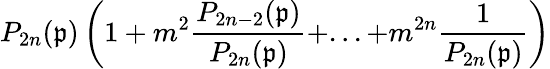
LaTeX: P_{2n}(\mathfrak{p})\left(1+m^{2}\frac{{P_{2n-2}(\mathfrak{p})}}{{P_{2n}(\mathfrak{p})}}+...+m^{2n}\frac{{1}}{{P_{2n}(\mathfrak{p})}}\right)